Report on vaccination in the Province of Bengal - 1869-1873
Year: 1869
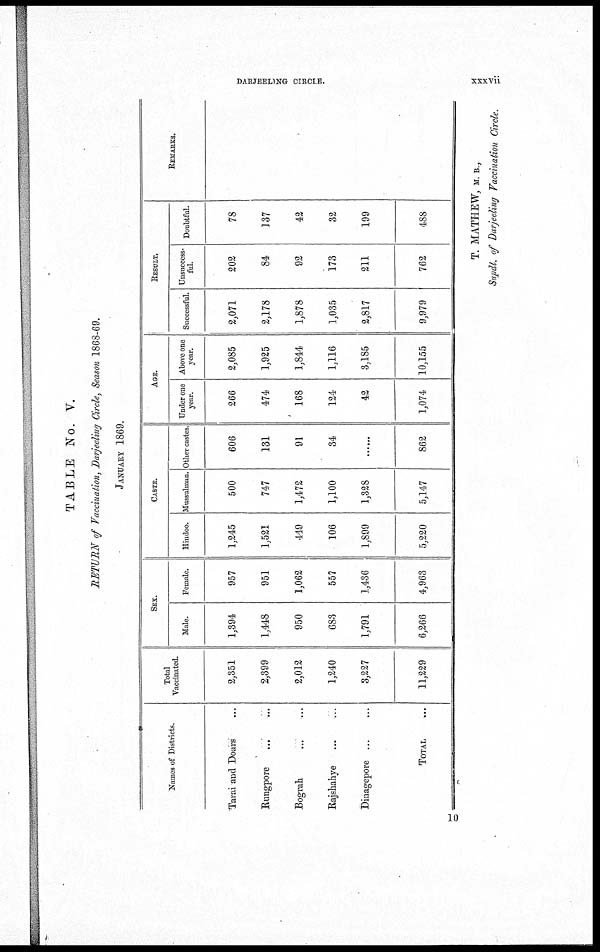
DARJEELING CIRCLE.
xxxvii
TABLE No. V.
RETURN of Vaccination, Darjeeling Circle, Season 1868-69.
JANUARY 1869.
Names of Districts.
Tarai and Doars ...
Rungpore ... ...
Bograh
...
...
Rajshahye
...
...
Dinagepore
...
...
TOTAL ...
Total
Vaccinated.
2,351
2,399
2,012
1,240
3,227
11,229
SEX.
Male.
1,394
1,448
950
683
1,791
6,266
Female.
957
951
1,062
557
1,436
4,963
CASTE.
Hindoo.
1,245
1,521
449
106
1,899
5,220
Mussulman.
500
747
1,472
1,100
1,328
5,147
Other castes.
606
131
91
34
......
862
AGE.
Under one
year.
266
474
168
124
42
1,074
Above one
year.
2,085
1,925
1,844
1,116
3,185
10,155
RESULT.
Successful.
2,071
2,178
1,878
1,035
2,817
9,979
Unsuccess-
ful.
202
84
92
173
211
762
Doubtful.
78
]37
42
32
199
488
REMARKS.
T. MATHEW, M. B.,
Supdt. of Darjeeling Vaccination Circle.
10